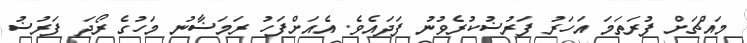
މައްޗަށް ފުރަތަމަ އަހަރު ފަރުޟުކުރެވުނު ފަދައެވެ. އެއަށްފަހު ރަމަޟާނު މަހުގެ ރޯދަ ފަރުޟު